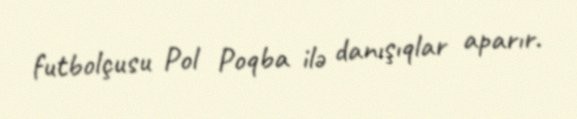
futbolçusu Pol Poqba ilə danışıqlar aparır.